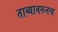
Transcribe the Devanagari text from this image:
ताब्यावरूनच